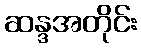
ဆန္ဒအတိုင်း